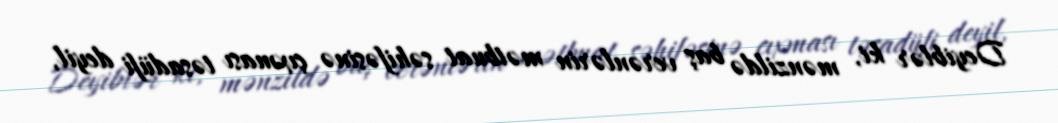
Deyiblər ki, mənzildə baş verənlərin mətbuat səhifəsinə çıxması təsadüfi deyil,